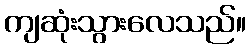
ကျဆုံးသွားလေသည်။